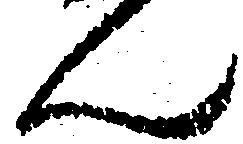
ん